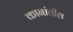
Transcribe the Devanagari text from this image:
कानांतील